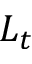
L _ { t }